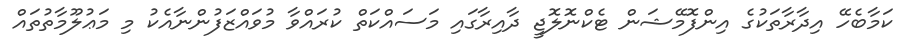
ކަމާބެހޭ އިދާރާތަކުގެ އިންފޮމޭޝަން ޓެކްނޮލޮޖީ ދާއިރާގައި މަސައްކަތް ކުރައްވާ މުވައްޒަފުންނާއެކު މި މަޢުލޫމާތުތައް